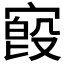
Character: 𫳷